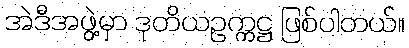
အဲဒီအဖွဲ့မှာ ဒုတိယဥက္ကဋ္ဌ ဖြစ်ပါတယ်။